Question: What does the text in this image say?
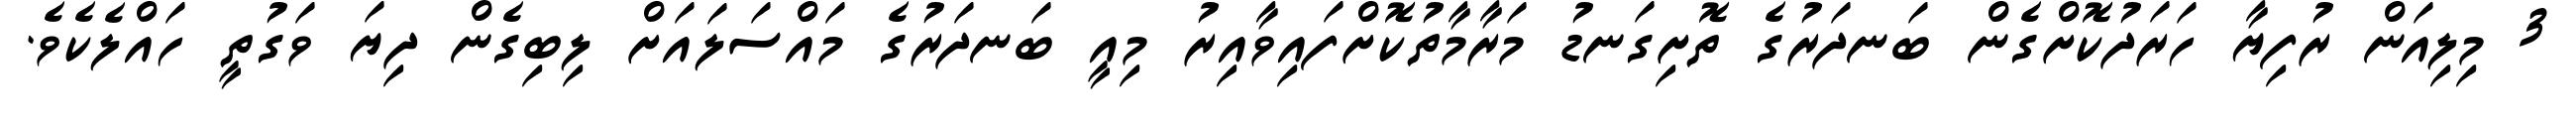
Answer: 3 މިލިއަން ރުފިޔާ ހަރަދުކޮށްގެން ބަނދަރުގެ ތޮށިގަނޑު މަރާމާތުކޮށްފައިވާއިރު މިއީ ބަނދަރުގެ މައްސަލައަށް ލިބިގެން ދިޔަ ވަގުތީ ހައްލެކެވެ.